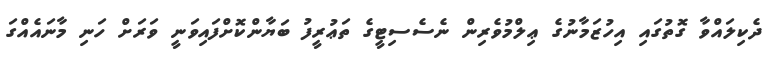
ދެކިލައްވާ ގޮތުގައި އިހުޒަމާނުގެ ޢިލްމުވެރިން ނެސެސިޓީގެ ތަޢުރީފު ބަޔާންކޮށްފައިވަނީ ވަރަށް ހަނި މާނައެއްގަ